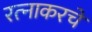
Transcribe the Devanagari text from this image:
रत्‍नाकरचे